Cholera in India, 1862 to 1881
Year: 1862
Disease focus: Cholera
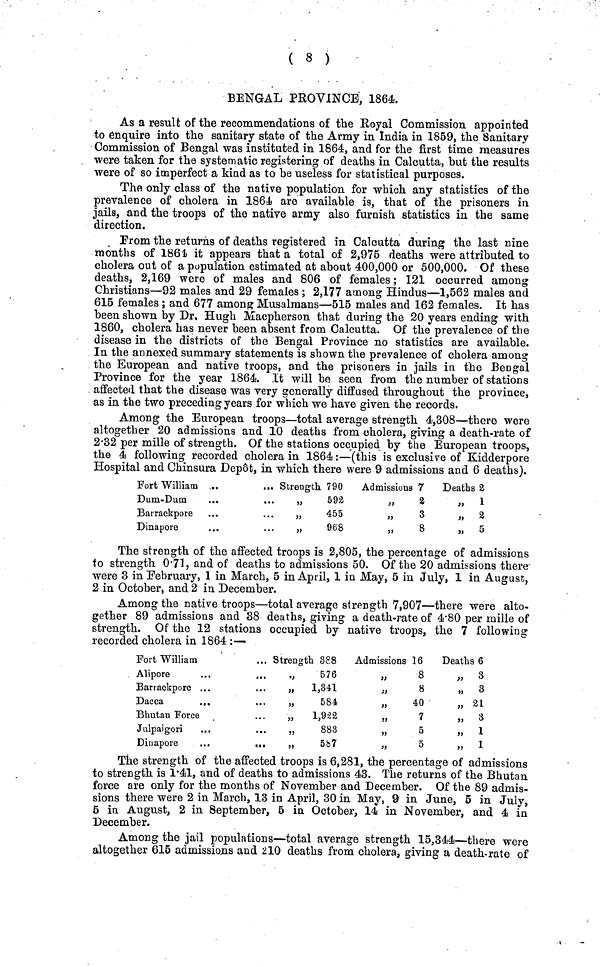
( 8 )
BENGAL PROVINCE, 1864.
As a result of the recommendations of the Royal Commission appointed
to enquire into the sanitary state of the Army in India in 1859, the Sanitary
Commission of Bengal was instituted in 1864, and for the first time measures
were taken for the systematic registering of deaths in Calcutta, but the results
were of so imperfect a kind as to be useless for statistical purposes.
The only class of the native population for which any statistics of the
prevalence of cholera in 1864 are available is, that of the prisoners in
jails, and the troops of the native army also furnish statistics in the same
direction.
From the returns of deaths registered in Calcutta during the last nine
months of 1864 it appears that a total of 2,975 deaths were attributed to
cholera out of a population estimated at about 400,000 or 500,000. Of these
deaths, 2,169 were of males and 806 of females ; 121 occurred among
Christians—92 males and 29 females ; 2,177 among Hindus—1,562 males and
615 females ; and 677 among Musalmans—515 males and 162 females. It has
been shown by Dr. Hugh Macpherson that during the 20 years ending with
1860, cholera has never been absent from Calcutta. Of the prevalence of the
disease in the districts of the Bengal Province no statistics are available.
In the annexed summary statements is shown the prevalence of cholera among
the European and native troops, and the prisoners in jails in the Bengal
Province for the year 1864. It will be seen from the number of stations
affected that the disease was very generally diffused throughout the province,
as in the two preceding years for which we have given the records.
Among the European troops—total average strength 4,308—there were
altogether 20 admissions and 10 deaths from cholera, giving a death-rate of
2.32 per mille of strength. Of the stations occupied by the European troops,
the 4 following recorded cholera in 1864 :—(this is exclusive of Kidderpore
Hospital and Chinsura Depot, in which there were 9 admissions and 6 deaths).
Fort William ...
Dum-Dum
Barrackpore
Dinapore
... Strength 790
592
...
„
455
„
968
Admissions 7
" 2
3
8
Deaths 2
" 1
" 2
" 5
The strength of the affected troops is 2,805, the percentage of admissions
to strength 0.71, and of deaths to admissions 50. Of the 20 admissions there
were 3 in February, 1 in March, 5 in April, 1 in May, 5 in July, 1 in August,
2 in October, and 2 in December.
Among the native troops—total average strength 7,907—there were alto-
gether 89 admissions and 38 deaths, giving a death-rate of 4.80 per mille of
strength. Of the 12 stations occupied by native troops, the 7 following
recorded cholera in 1864 :—
Fort William
Alipore
Barrackpore ...
Dacca
...
Bhutan Force
Julpaigori
Dinapore
... Strength 388
576
„
1,341
„
584
„
1,922
„
883
...
„
587
Admissions 16
8
8
40
7
5
5
Deaths 6
„ 3
" 3
„ 21
" 3
" 1
" 1
The strength of the affected troops is 6,281, the percentage of admissions
to strength is 1.41, and of deaths to admissions 43. The returns of the Bhutan
force are only for the months of November and December. Of the 89 admis-
sions there were 2 in March, 13 in April, 30 in May, 9 in June, 5 in July,
5 in August, 2 in September, 5 in October, 14 in November, and 4 in
December.
Among the jail populations—total average strength 15,344—there were
altogether 615 admissions and 210 deaths from cholera, giving a death-rate of